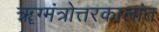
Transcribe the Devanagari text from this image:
ॠग्मंत्रोत्तरकालांत